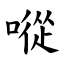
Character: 㗰